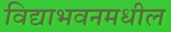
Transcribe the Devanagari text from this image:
विद्याभवनमधील